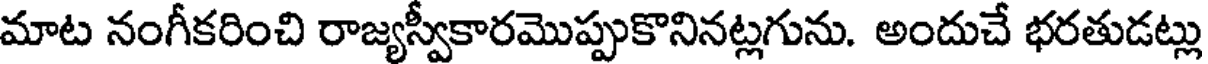
మాట నంగీకరించి రాజ్యస్వీకారమొప్పుకొనినట్లగును. అందుచే భరతుడట్లు